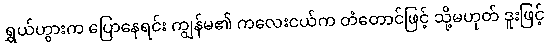
ရွှယ်ဟွားက ပြောနေရင်း ကျွန်မ၏ ကလေးငယ်က တံတောင်ဖြင့် သို့မဟုတ် ဒူးဖြင့်